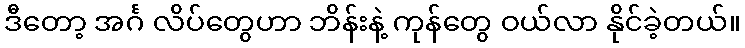
ဒီတော့ အင်္ဂ လိပ်တွေဟာ ဘိန်းနဲ့ ကုန်တွေ ဝယ်လာ နိုင်ခဲ့တယ်။